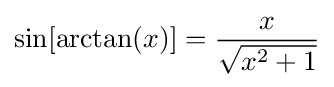
\sin[\arctan(x)]={\frac {x}{\sqrt {x^{2}+1}}}